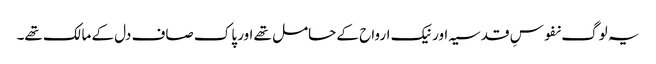
یہ لوگ نفوسِ قدسیہ اور نیک ارواح کے حامل تھے اور پاک صاف دل کے مالک تھے۔